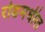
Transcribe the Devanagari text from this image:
रोडमधील